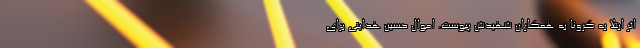
اثر ابتلا به کرونا به همکاران شهیدش پیوست. اموال حسین هدایتی برای